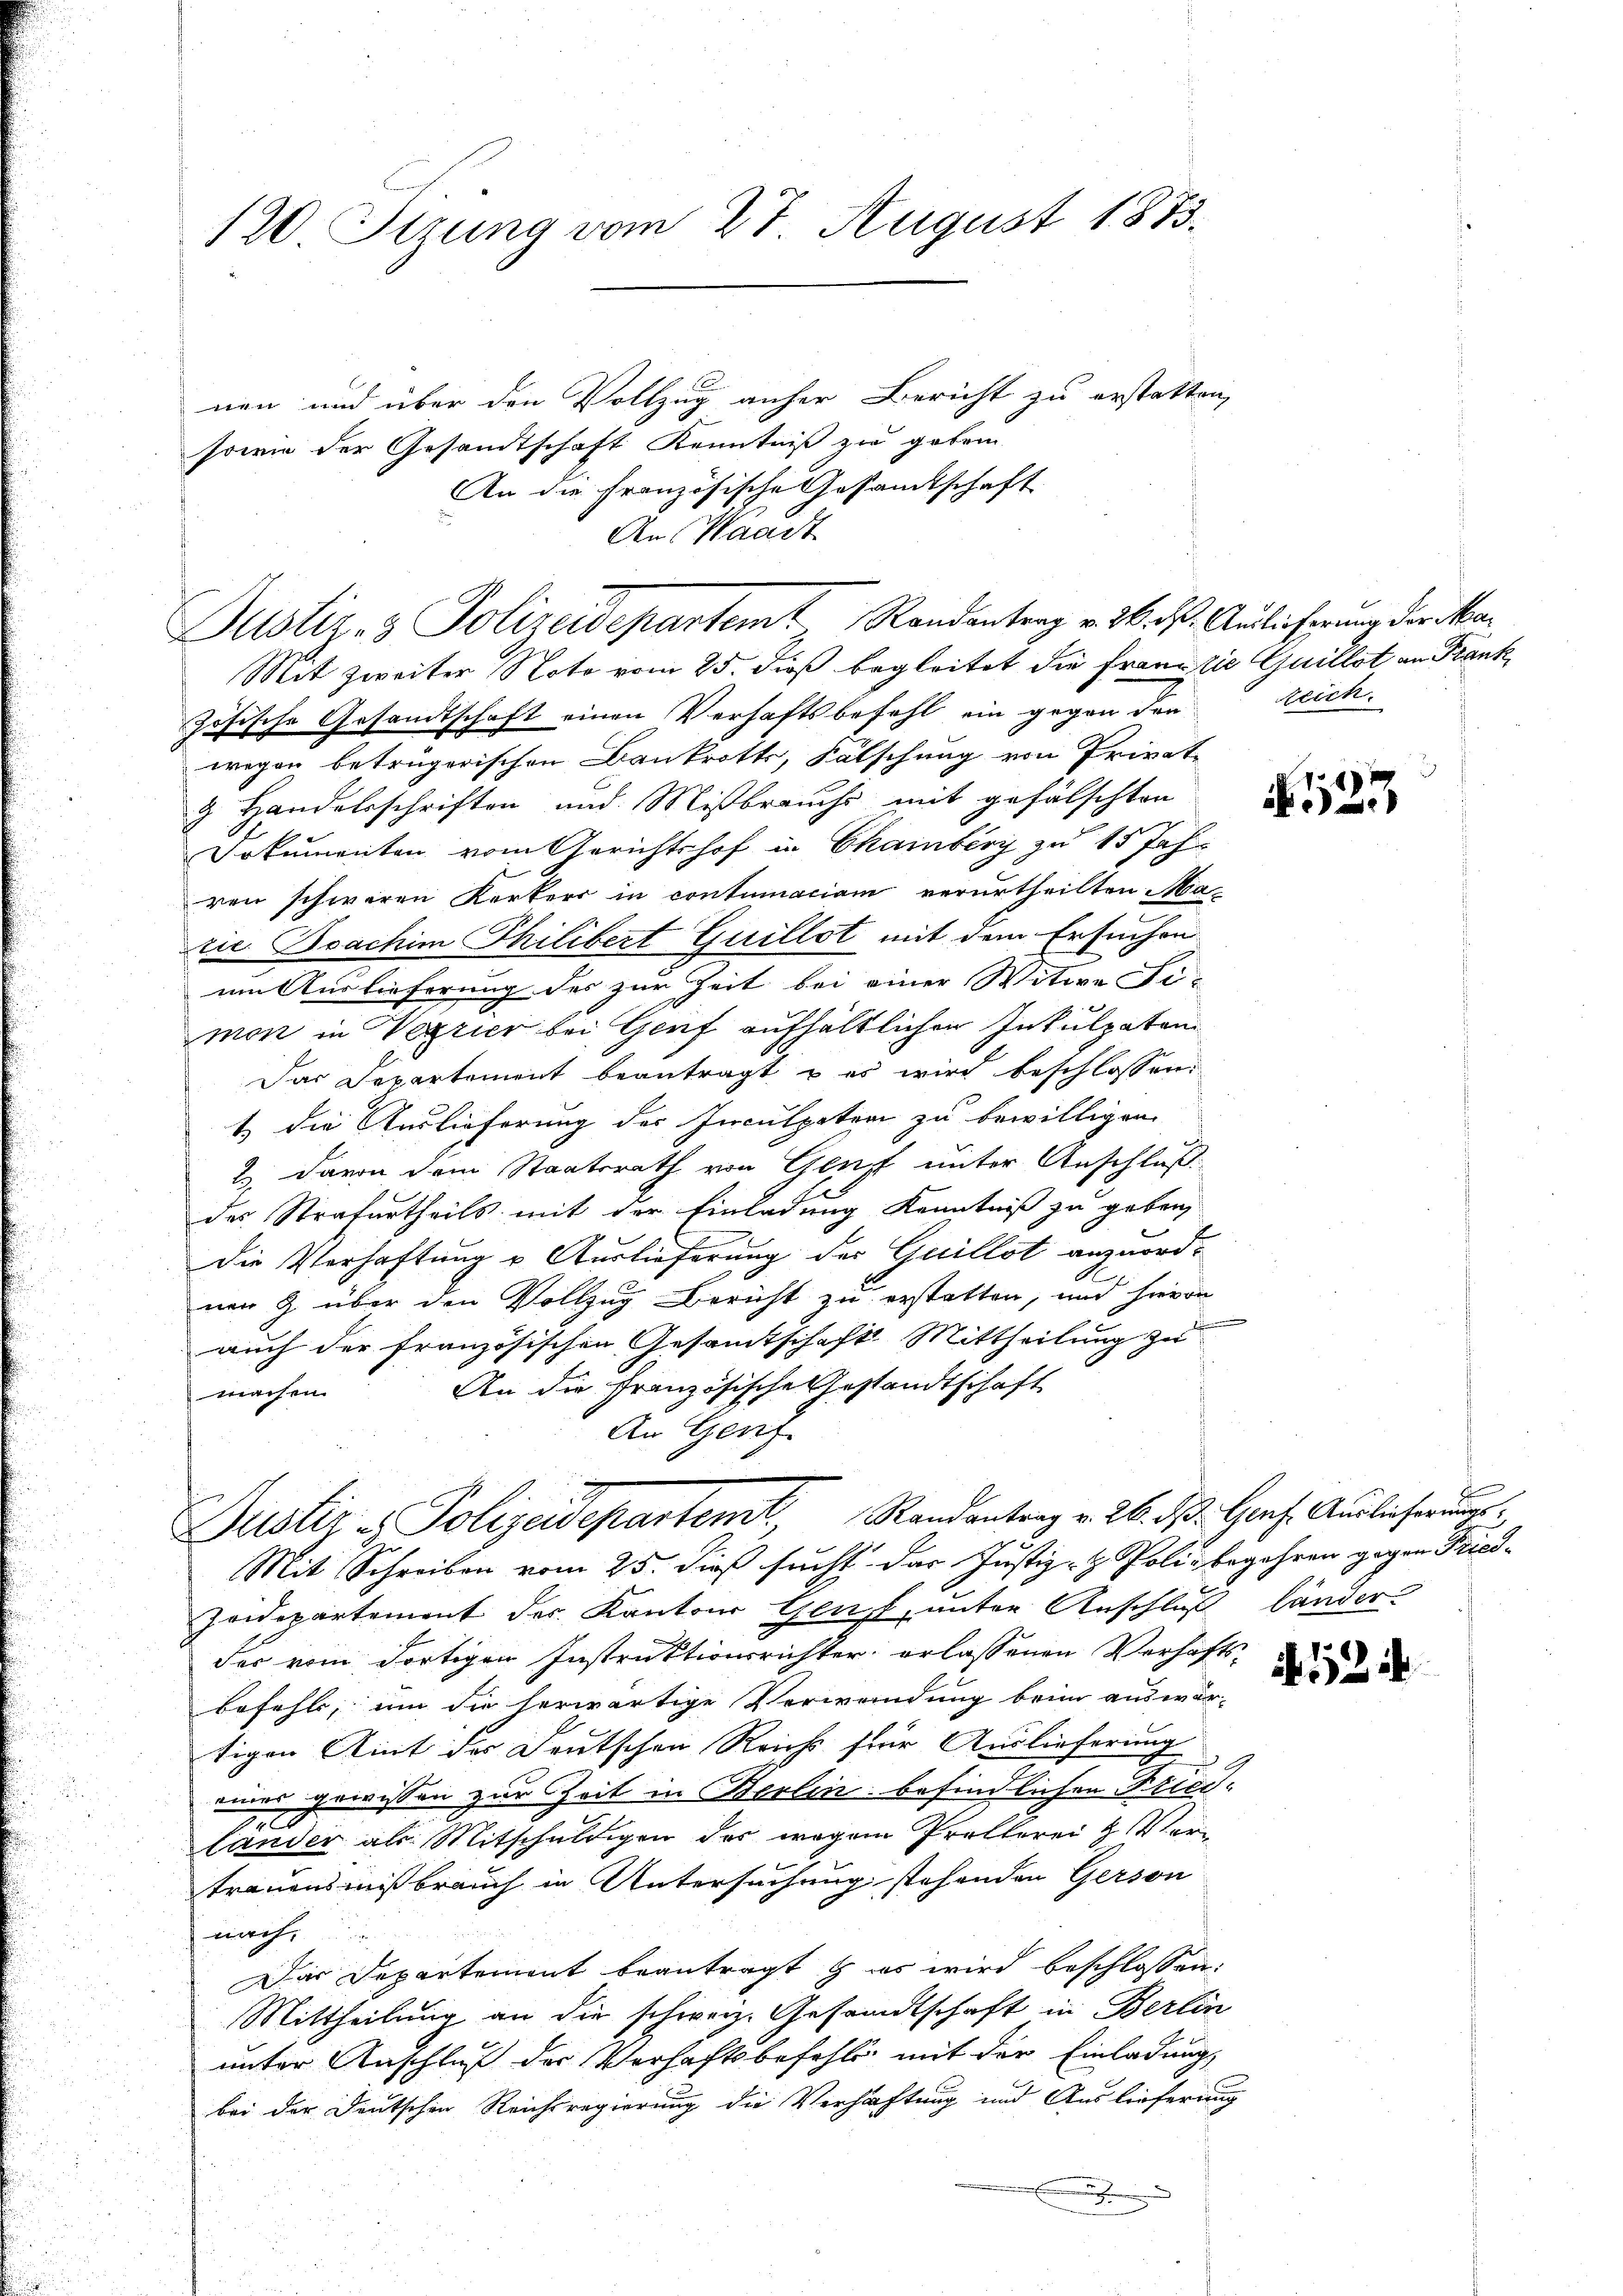
120 Stzung vom 27 August 1883.

nen und über den Vollzug anher Bericht zu erstatten,
sowie der Gesandtschaft Kenntniß zu geben
An die Französische Gesandtschaft
An Waadt

Justiz- & Polizeidepartemt Randentrag v. 26. d.

Mit Zweiter Noto vom 25. dieß begleitet die Franz die Quillat an Frank
zösische Gesandtschaft einen Verhaftsbefehl ein gegen den
wegen betrugerischen Bankrotts, Fälschung von Privat-
3 Handelsschriften und Mißbrauchs mit gefälschten
Dokumenten vom Gerichtshof in Chamberg zu 15 Jahren schweren Kerkers in contumaciam verurtheilten Marie Boachim Thilibert Guillst mit dem Ersuchen
um Auslieferung des zur Zeit bei einer Witwe Fi-
mon in Verrier bei Genf aufhältlichen Inkulpaten
Das Departement beantragt, & es wird beschlossen:
t die Auslieferung der Inculpaten zu bewilligen.
2. davon dem Staatsrath von Glut unter Anschluß
des Strafurtheils mit der Einladung Kenntniß zu geben,
die Verhaftung u. Auslieferung der Quillot anzuord¬

ner 9 über den Vollzug Bericht zu erstatten, und hievon
.
auch der französischen Gesamtschaft Mittheilung zu
An die Französische Gestandtschaft
machen.
An Genf
Justiz & Polizeidepartemt. Randantrag v. 26. d. Genf. Auslicherungs
Mit Schreiben vom 25. dieß sucht das Justiz- & Polie begehren gegen Fried-
Zeidepartement der Kantons Genf, unter Anschluß länder-
der vom dortigen Instruktionsrichter erlassenen Verhaftsbefehls, um die herwärtige Verwendung beim anderen
tigen Amt der Deutschen Reichs für Auslieferung
einer gewissen zur Zeit in Berlin befindlichen Friedlander als Mitschuldigen des wegen Prollerei H. Vertrauensmißbrauch in Untersuchung stehenden Gerson
nach
Das Departement beantragt & es wird beschlossen:
Mittheilung an die schweiz. Gesandtschaft in Berlin
unter Anschluß der Verhaftsbefehls mit der Einladung,
bei der Deutschen Reichsregierung die Verhaftung und Auslieferung
h

2. Auslieferung der Ma¬
Reich.

123

8